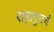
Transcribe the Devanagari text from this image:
सहागुनचे